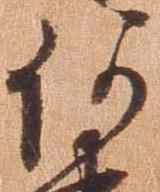
何